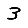
Digit: 3